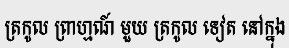
ត្រកូល ព្រាហ្មណ៍ មួយ ត្រកូល ទៀត នៅក្នុង